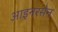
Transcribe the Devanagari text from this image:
आइनरसेन